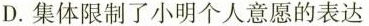
D.集体限制了小明个人意愿的表达